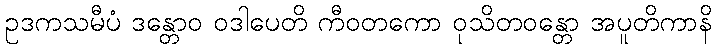
ဥဒကသမီပံ ဒန္တောဝ ဝဒါပေတိ ကီဝတကော ဝုသိတဝန္တော အပူတိကာနိ